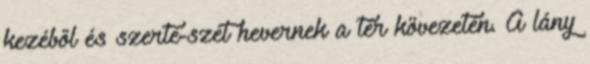
kezéből és szerte-szét hevernek a tér kövezetén. A lány